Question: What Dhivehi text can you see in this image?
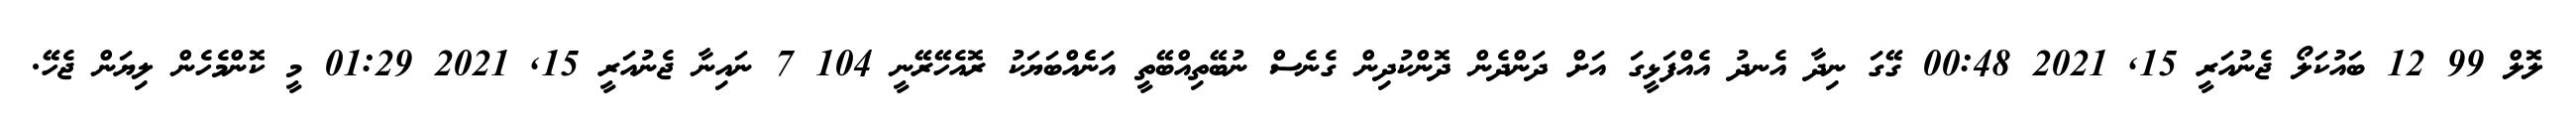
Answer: ލޮލް 99 12 ބައުކަލޯ ޖެނުއަރީ 15, 2021 00:48 ގޭގަ ނިދާ އެނދު އެއްފަޅީގަ އަށް ދަންދެން ދޮންކުދިން ގެނެސް ނުބޭތިއްބޭތީ އަނެެއްބަޔަކު ރޮއެހޭރޭނީ 104 7 ނައިނާ ޖެނުއަރީ 15, 2021 01:29 މީ ކޮންމެހެން ލިޔަން ޖެހޭ.